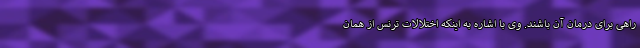
راهی برای درمان آن باشند. وی با اشاره به اینکه اختلالات ترنس از همان